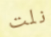
نلت